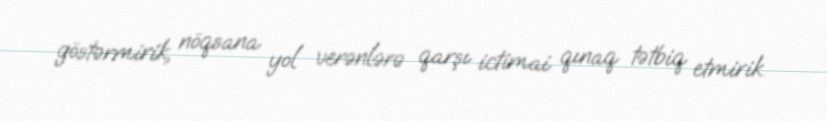
göstərmirik, nöqsana yol verənlərə qarşı ictimai qınaq tətbiq etmirik.